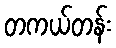
တကယ်တန်း